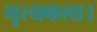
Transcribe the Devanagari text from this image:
नृत्‍यकला।